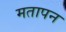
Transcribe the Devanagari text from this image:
मतापन